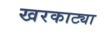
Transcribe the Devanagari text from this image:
खरकाट्या